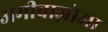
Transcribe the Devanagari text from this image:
अमीबाज़ोआ